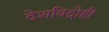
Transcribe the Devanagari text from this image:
देशविद्रोही